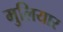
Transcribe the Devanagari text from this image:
मुलियार